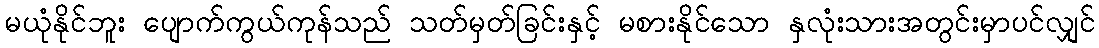
မယုံနိုင်ဘူး ပျောက်ကွယ်ကုန်သည် သတ်မှတ်ခြင်းနှင့် မစားနိုင်သော နှလုံးသားအတွင်းမှာပင်လျှင်